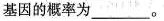
基因的概率为___。